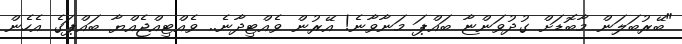
"ބޭރުބަލަން މާބޮޑަށް ގުދުވަންޏާ ބައްޕަ މަނާވާނެ! އޭރުން ވެއްޓިދާނެ.. ވެއްޓިއްޖެއްޔާ ބައްޕަގެ އެހެން